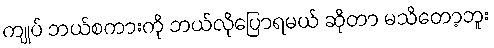
ကျုပ် ဘယ်စကားကို ဘယ်လိုပြောရမယ် ဆိုတာ မသိတော့ဘူး